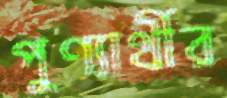
পুণ্যার্থীর